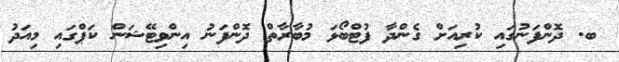
ބ. ދޮންފަނުގައި ކުރިއަށް ގެންދާ ފުޓްބޯޅަ މުބާރާތް ދޮންފަނު އިންވިޓޭޝަން ކަޕްގައި މިއަދު